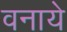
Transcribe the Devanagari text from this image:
वनाये